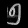
Digit: ၅